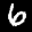
Label: 6